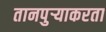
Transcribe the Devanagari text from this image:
तानपुऱ्याकरता